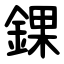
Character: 錁